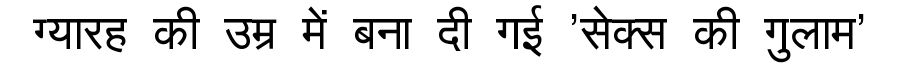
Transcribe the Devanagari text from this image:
ग्यारह की उम्र में बना दी गई 'सेक्स की गुलाम'